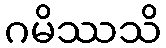
ဂမိဿသိ